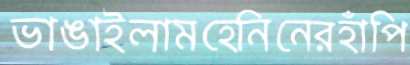
ভাঙাইলামহেনিনেরহাঁপি